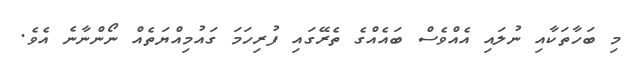
މި ބަހާތަކާއި ނުލައި އެއްވެސް ބައެއްގެ ތެރޭގައި ފުރިހަމަ ގައުމިއްޔަތެއް ނޯންނާނެ އެވެ.